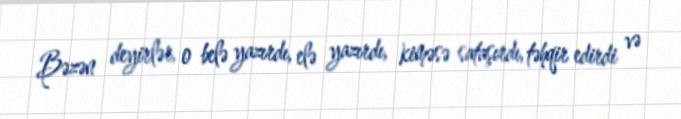
Bəzən deyirlər, o belə yazırdı, elə yazırdı, kiməsə sataşırdı, təhqir edirdi və